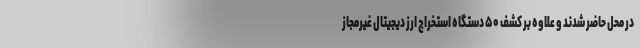
در محل حاضر شدند و علاوه بر کشف ۵۰ دستگاه استخراج ارز دیجیتال غیرمجاز